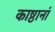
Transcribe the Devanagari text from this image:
काष्ठानां